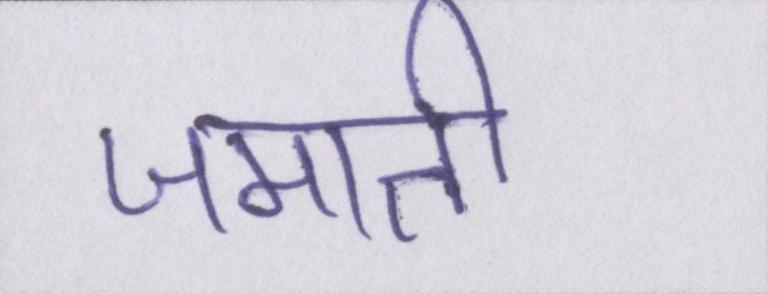
जमाती